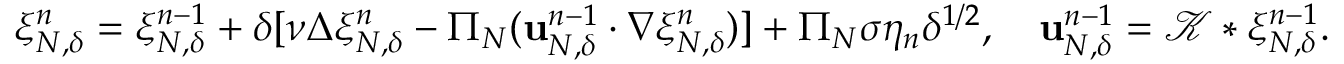
\begin{array} { r } { \xi _ { N , \delta } ^ { n } = \xi _ { N , \delta } ^ { n - 1 } + \delta [ \nu \Delta \xi _ { N , \delta } ^ { n } - \Pi _ { N } ( \mathbf { u } _ { N , \delta } ^ { n - 1 } \cdot \nabla \xi _ { N , \delta } ^ { n } ) ] + \Pi _ { N } \sigma \eta _ { n } \delta ^ { 1 / 2 } , \quad \mathbf { u } _ { N , \delta } ^ { n - 1 } = \mathcal { K } \ast \xi _ { N , \delta } ^ { n - 1 } . } \end{array}